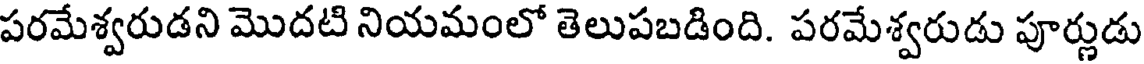
పరమేశ్వరుడని మొదటి నియమంలో తెలుపబడింది. పరమేశ్వరుడు పూర్ణుడు